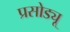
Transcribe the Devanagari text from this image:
प्रसोड्यू